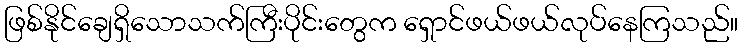
ဖြစ်နိုင်ချေရှိသောသက်ကြီးပိုင်းတွေက ရှောင်ဖယ်ဖယ်လုပ်နေကြသည်။